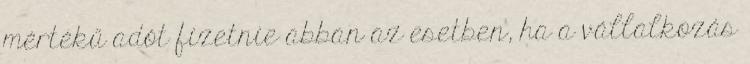
mértékű adót fizetnie abban az esetben, ha a vállalkozás